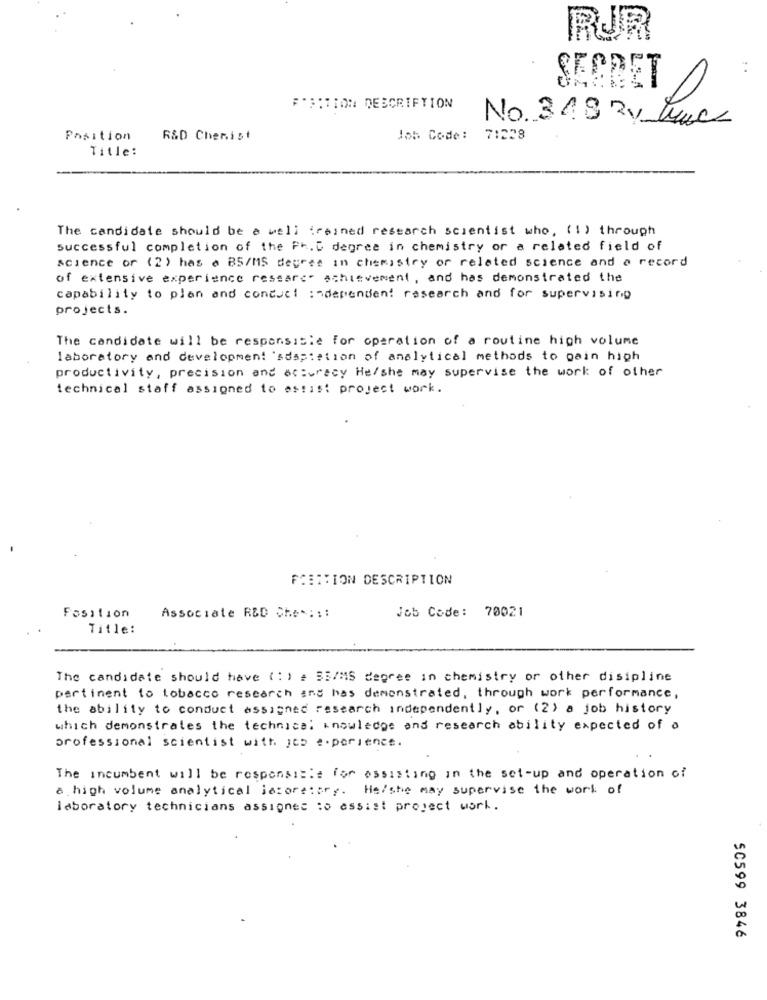
RUR
SECRET
FRACTION DESCRIPTION
No. 318 Ry true
Position
R&D Chemist
Job Code: 7:228
Title:
The candidate should be a well treined research scientist who, (!) through
Successful completion of the Ph. D degree in chemistry or a related field of
science or (2) has a BS/MS degree in chemistry or related science and a record
of extensive experience researc- achievement, and has demonstrated the
capability to plan and conduct independent research and for supervising
projects.
The candidate will be responsible for operation of a routine high volume
laboratory and development adaptation of analytical methods to gain high
productivity, precision and accuracy He/she may supervise the work of other
technical staff assigned to assist project work.
POSITION DESCRIPTION
Job Code: 70021
Position
Associate R&D Che *:: :
Title:
The candidate should have (: ) a SEAMS degree in chemistry or other disipline
pertinent to tobacco research and has demonstrated, through work performance,
the ability to conduct assigned research independently, or (2) a job history
which demonstrates the technical knowledge and research ability expected of a
professional scientist with jea experience.
The Incumbent will be responsible for assisting in the set-up and operation of
a high volume analytical jacore:ary. He/she may supervise the work of
laboratory technicians assigned to assist project work.
50599 3846